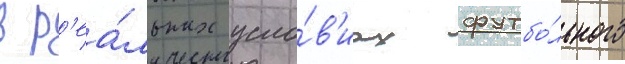
в р'еа́льных усло́в'иах футбо́льного